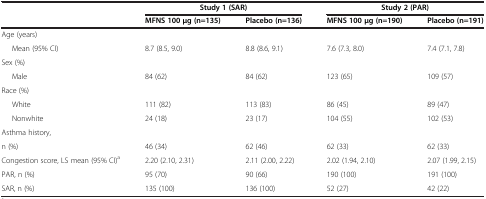
<table><thead><tr><td>[EMPTY_CELL]</td><td colspan="2"><b>Study 1 (SAR)</b></td><td colspan="2"><b>Study 2 (PAR)</b></td></tr><tr><td>[EMPTY_CELL]</td><td><b>MFNS 100 μg (n=135)</b></td><td><b>Placebo (n=136)</b></td><td><b>MFNS 100 μg (n=190)</b></td><td><b>Placebo (n=191)</b></td></tr></thead><tbody><tr><td>Age (years)</td><td>[EMPTY_CELL]</td><td>[EMPTY_CELL]</td><td>[EMPTY_CELL]</td><td>[EMPTY_CELL]</td></tr><tr><td>Mean (95% CI)</td><td>8.7 (8.5, 9.0)</td><td>8.8 (8.6, 9.1)</td><td>7.6 (7.3, 8.0)</td><td>7.4 (7.1, 7.8)</td></tr><tr><td>Sex (%)</td><td>[EMPTY_CELL]</td><td>[EMPTY_CELL]</td><td>[EMPTY_CELL]</td><td>[EMPTY_CELL]</td></tr><tr><td>Male</td><td>84 (62)</td><td>84 (62)</td><td>123 (65)</td><td>109 (57)</td></tr><tr><td>Race (%)</td><td>[EMPTY_CELL]</td><td>[EMPTY_CELL]</td><td>[EMPTY_CELL]</td><td>[EMPTY_CELL]</td></tr><tr><td>White</td><td>111 (82)</td><td>113 (83)</td><td>86 (45)</td><td>89 (47)</td></tr><tr><td>Nonwhite</td><td>24 (18)</td><td>23 (17)</td><td>104 (55)</td><td>102 (53)</td></tr><tr><td>Asthma history,</td><td>[EMPTY_CELL]</td><td>[EMPTY_CELL]</td><td>[EMPTY_CELL]</td><td>[EMPTY_CELL]</td></tr><tr><td>n (%)</td><td>46 (34)</td><td>62 (46)</td><td>62 (33)</td><td>62 (33)</td></tr><tr><td>Congestion score, LS mean (95% CI)<sup>a</sup></td><td>2.20 (2.10, 2.31)</td><td>2.11 (2.00, 2.22)</td><td>2.02 (1.94, 2.10)</td><td>2.07 (1.99, 2.15)</td></tr><tr><td>PAR, n (%)</td><td>95 (70)</td><td>90 (66)</td><td>190 (100)</td><td>191 (100)</td></tr><tr><td>SAR, n (%)</td><td>135 (100)</td><td>136 (100)</td><td>52 (27)</td><td>42 (22)</td></tr></tbody></table>